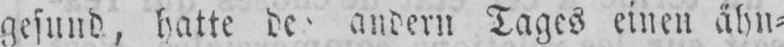
andern Tages einen ähn⸗